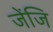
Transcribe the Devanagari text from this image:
जेंजि